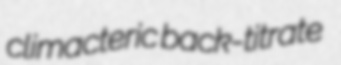
climacteric back-titrate